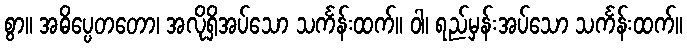
စွာ။ အဓိပ္ပေတတော၊ အလိုရှိအပ်သော သင်္ကန်းထက်။ ဝါ၊ ရည်မှန်းအပ်သော သင်္ကန်းထက်။